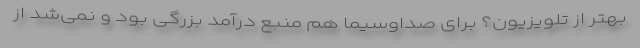
بهتر از تلویزیون؟ برای صداوسیما هم منبع درآمد بزرگی بود و نمی‌شد از